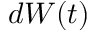
d W ( t )